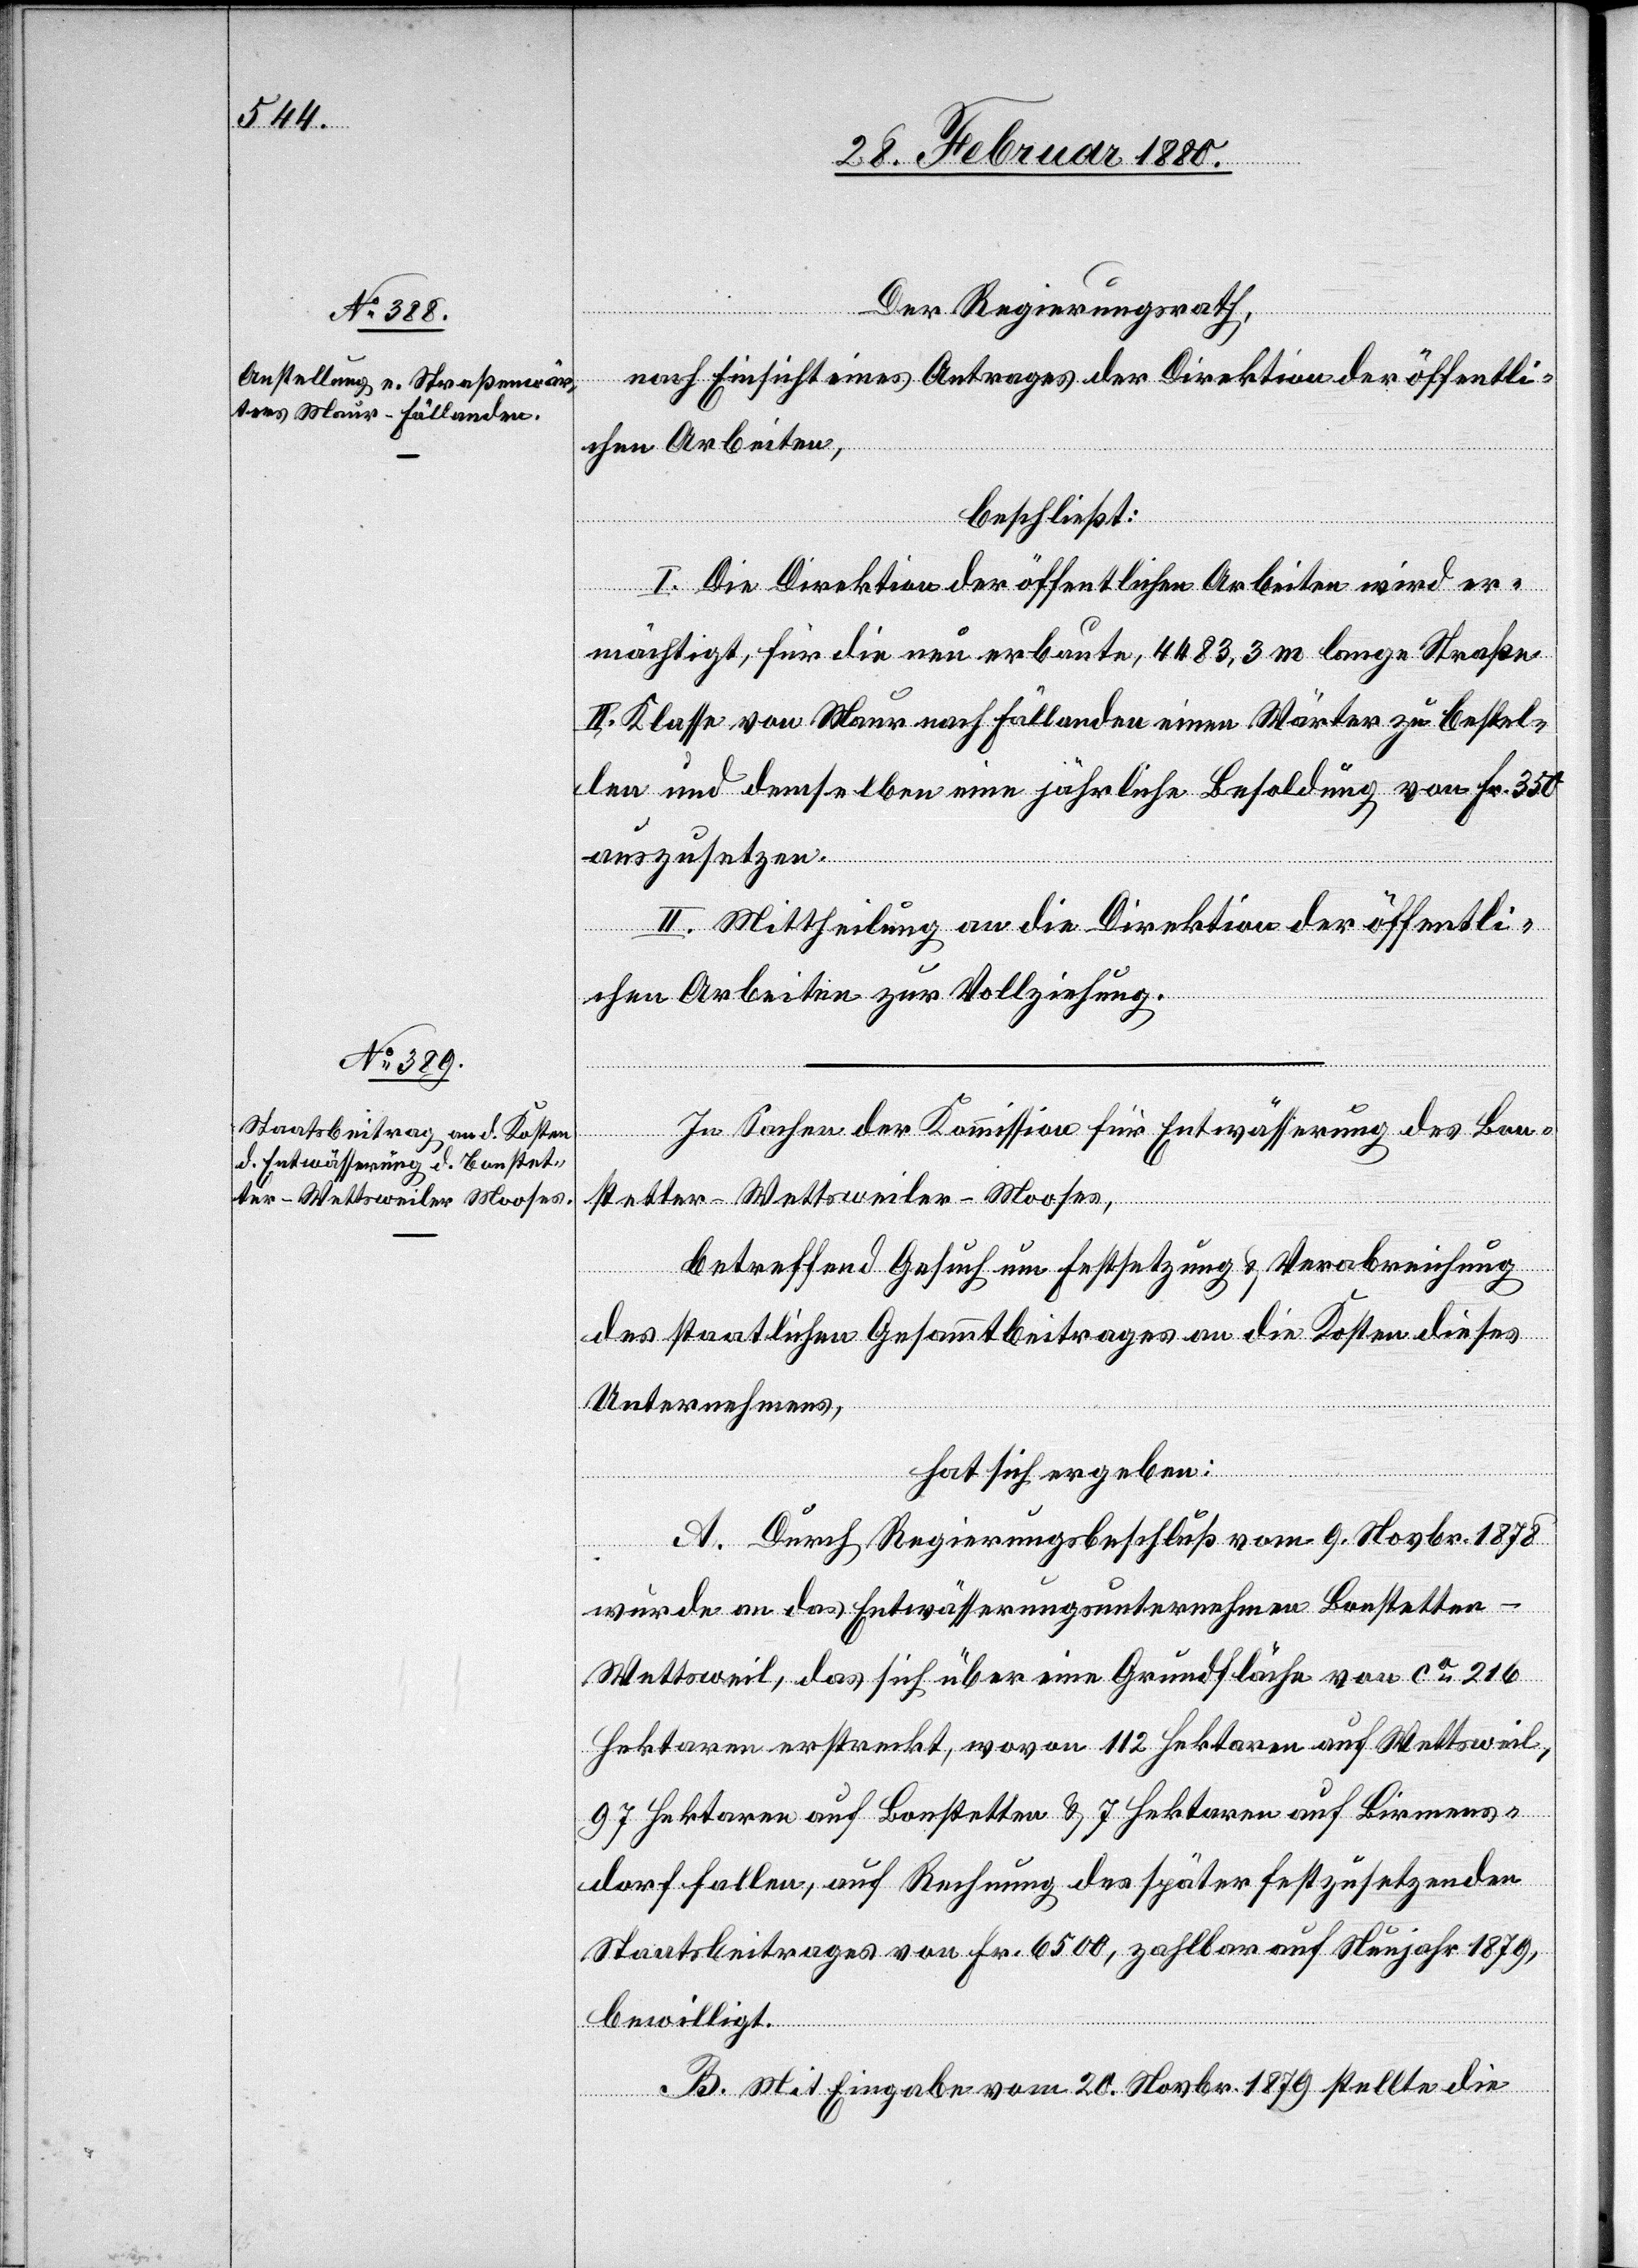
Der Regierungsrath,
nach Einsicht eines Antrages der Direktion der öffentli¬
chen Arbeiten,
beschließt:
I. Die Direktion der öffentlichen Arbeiten wird er¬
mächtigt, für die neu erbaute, 4483,3 m lange Straße
II. Klasse von Maur nach Fällanden einen Wärter zu bestel¬
len und demselben eine jährliche Besoldung von Fr. 350
auszusetzen.
II. Mittheilung an die Direktion der öffentli¬
chen Arbeiten zur Vollziehung.
In Sachen der Kommission für Entwässerung des Bon¬
stetter-Wettsweiler-Mooses,
betreffend Gesuch um Festsetzung & Verabreichung
des staatlichen Gesammtbeitrages an die Kosten dieses
Unternehmens,
hat sich ergeben:
A. Durch Regierungsbeschluß vom 9. Novbr. 1878
wurde an das Entwässerungsunternehmen Bonstette¬
n-Wettsweil, das sich über eine Grundfläche von ca 216
Hektaren erstreckt, wovon 112 Hektaren auf Wettsweil,
97 Hektaren auf Bonstetten & 7 Hektaren auf Birmens¬
dorf fallen, auf Rechnung des später festzusetzenden
Staatsbeitrages von Fr. 6500, zahlbar auf Neujahr 1879,
bewilligt.
B. Mit Eingabe vom 20. Novbr. 1879 stellen die